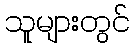
သူများတွင်